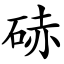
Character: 硳